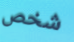
شخص